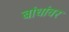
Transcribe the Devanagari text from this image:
बांधांवर